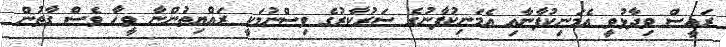
ރައީސް ވިދާޅުވީ އެމަނިކުފާނާއި އެމަނިކުފާނުގެ ސަރުކާރުގެ ވިސްނުމަކީ ރައްޔިތުންނާ ވީހާ ވެސް ގާތުން